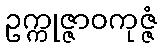
ဥက္ကုဇ္ဇာဝကုဇ္ဇံ